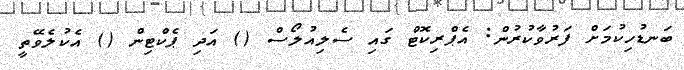
ބަނޑުހިކުމަށް ފަރުވާކުރުން: އެޕްރިކޮޓް ގައި ސެލިއުލޯސް () އަދި ޕެކްޓިން () އެކުލެވޭތީ